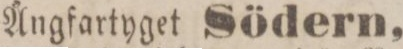
Ångfartyget Södern,